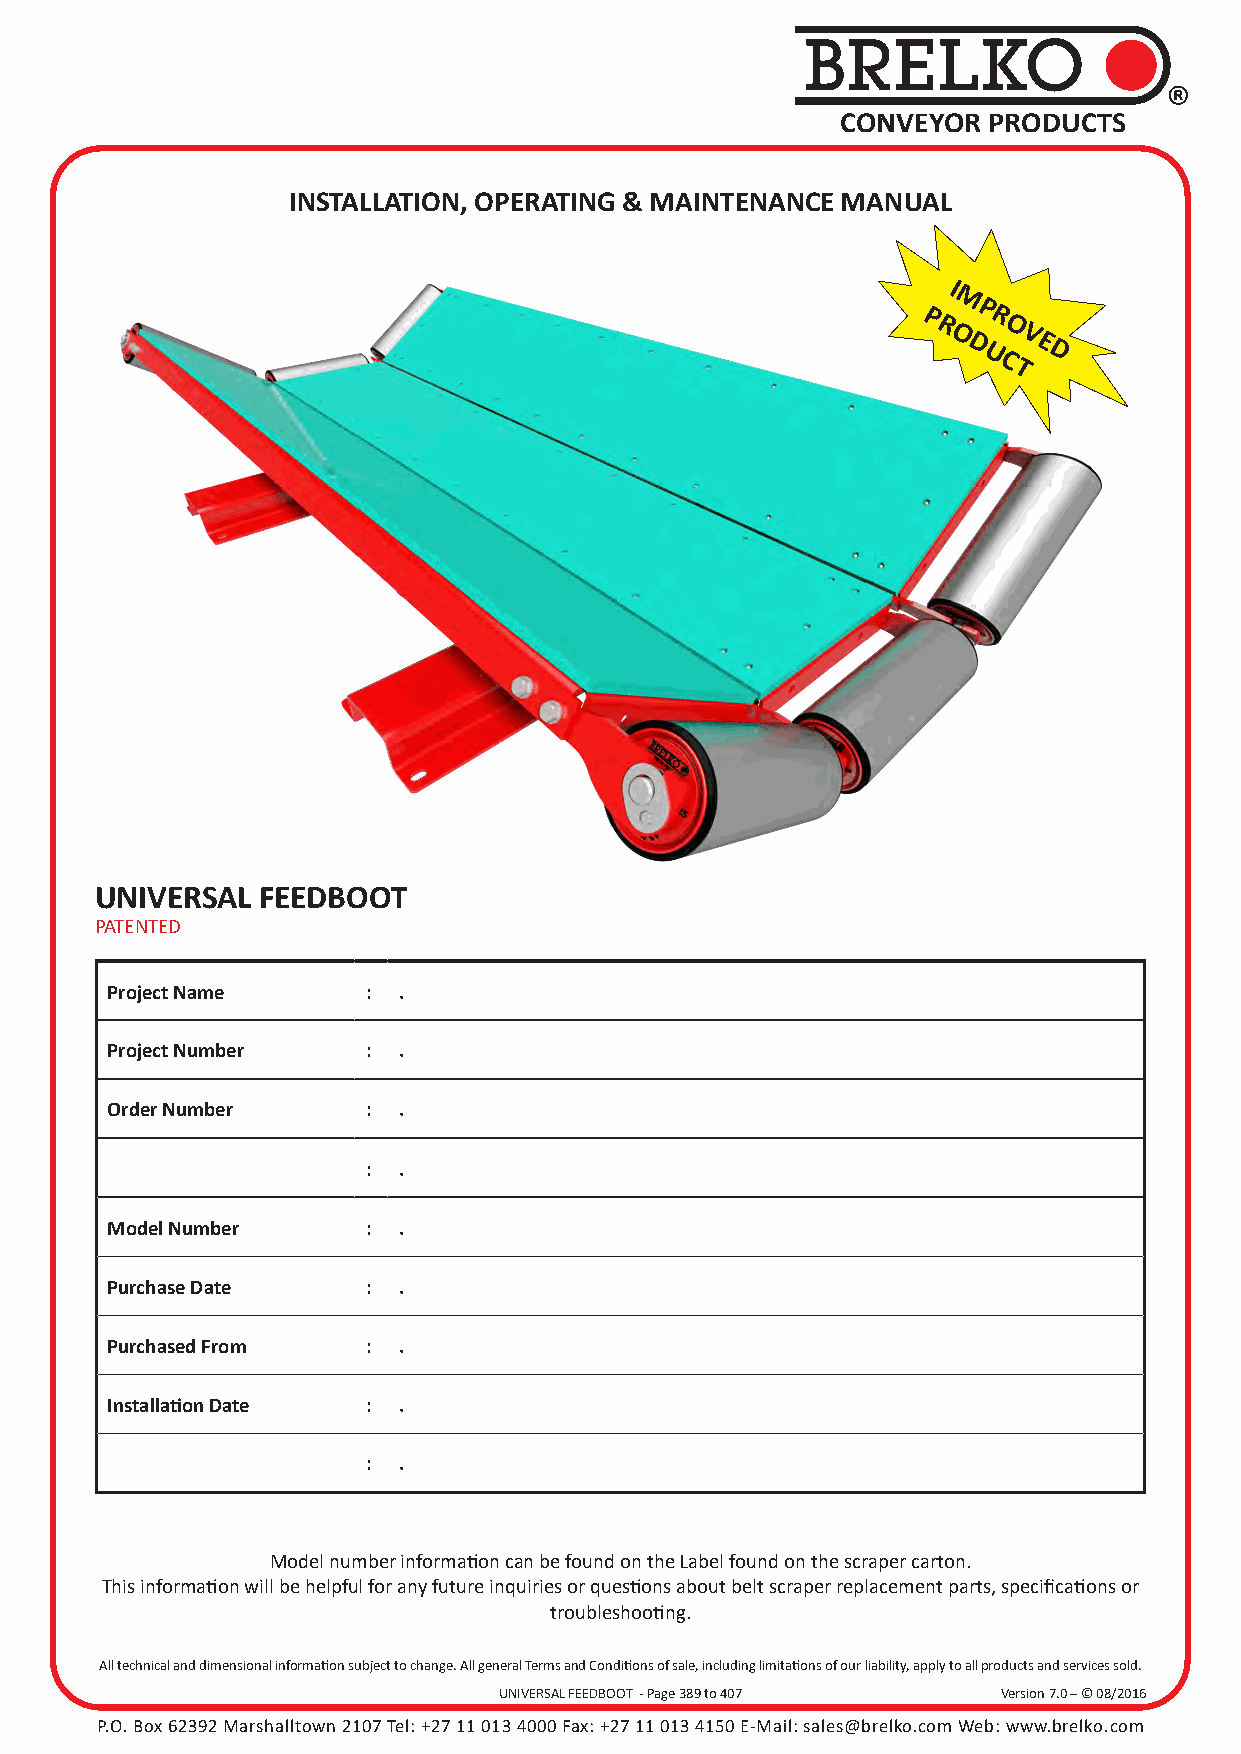
BRELKO
 ®
 CONVEYOR PRODUCTS
 INSTALLATION, OPERATING & MAINTENANCE MANUAL
 I
 M
 P
 P   R
 R   O
 O   V
 D   E
 U   D
 C
 T
 UNIVERSAL  FEEDBOOT
 PATENTED
 Project Name     : .
 Project Number   : .
 Order Number     : .
 : .
 Model Number     : .
 Purchase Date    : .
 Purchased From   : .
 Installati on Date : .
 : .
 Model number information can be found on the Label found on the scraper carton.
 This information will be helpful for any future inquiries or questions about belt scraper replacement parts, specifications or
 troubleshooting.
 All technical and dimensional information subject to change. All general Terms and Conditions of sale, including limitations of our liability, apply to all products and services sold.
 UNIVERSAL FEEDBOOT - Page 389 to 407 Version 7.0 – © 08/2016
 P.O. Box 62392 Marshalltown 2107 Tel: +27 11 013 4000 Fax: +27 11 013 4150 E-Mail: sales@brelko.com Web: www.brelko.com